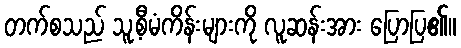
တက်စသည် သူ့စီမံကိန်းများကို လူဆန်းအား ပြောပြ၏။